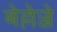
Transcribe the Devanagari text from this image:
बेल्लेज्जे